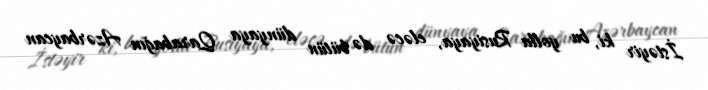
İstəyir ki, bu yolla Rusiyaya, eləcə də bütün dünyaya Qarabağın Azərbaycan